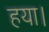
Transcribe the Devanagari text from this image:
हया।